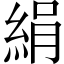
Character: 絹